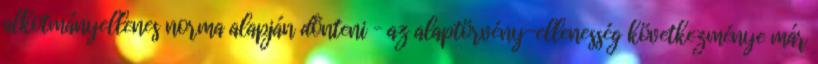
alkotmányellenes norma alapján dönteni – az alaptörvény-ellenesség következménye már